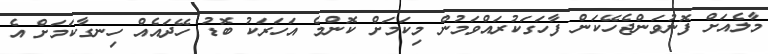
މާލެއަށް ފޮނުވަންޖެހޭކަން ފާހަގަކުރައްވަމުން މިކަމަށް ކޮންމެ އަހަރަކު ބޮޑު ހޭދައެއް ހިނގާކަމަށް އެ